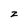
Character: z